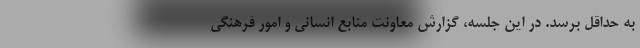
به حداقل برسد. در این جلسه، گزارش معاونت منابع انسانی و امور فرهنگی